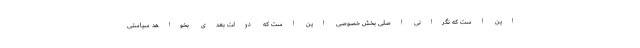
این است که نگرانی اصلی بخش خصوصی این است که دولت بعدی بخواهد سیاستی